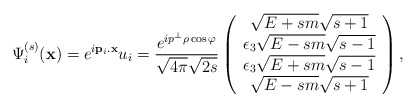
\begin{align*}\Psi ^{(s)}_{i}(\mathbf{x})=e^{i\mathbf{p}_{i}.\mathbf{x}}u_{i}=\frac{e^{ip^{\bot}\rho \cos \varphi }}{\sqrt{4\pi}\sqrt{2s}}\left(\begin{array}{c}\sqrt{E+sm}\sqrt{s+1} \\\epsilon _{3}\sqrt{E-sm}\sqrt{s-1} \\\epsilon _{3}\sqrt{E+sm}\sqrt{s-1} \\\sqrt{E-sm}\sqrt{s+1}\end{array}\right) ,\end{align*}